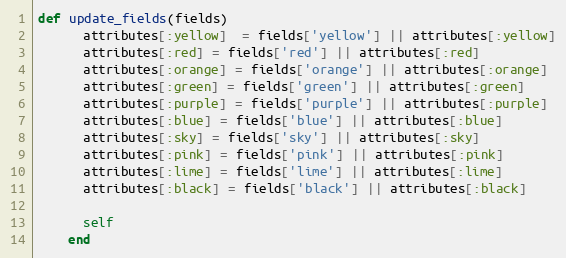
Language: Ruby
def update_fields(fields)
      attributes[:yellow]  = fields['yellow'] || attributes[:yellow]
      attributes[:red] = fields['red'] || attributes[:red]
      attributes[:orange] = fields['orange'] || attributes[:orange]
      attributes[:green] = fields['green'] || attributes[:green]
      attributes[:purple] = fields['purple'] || attributes[:purple]
      attributes[:blue] = fields['blue'] || attributes[:blue]
      attributes[:sky] = fields['sky'] || attributes[:sky]
      attributes[:pink] = fields['pink'] || attributes[:pink]
      attributes[:lime] = fields['lime'] || attributes[:lime]
      attributes[:black] = fields['black'] || attributes[:black]

      self
    end